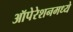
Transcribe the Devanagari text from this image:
ऑपेरेशनमध्ये